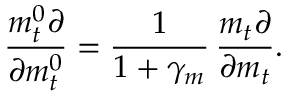
\frac { m _ { t } ^ { 0 } \partial } { \partial m _ { t } ^ { 0 } } = \frac { 1 } { 1 + \gamma _ { m } } \, \frac { m _ { t } \partial } { \partial m _ { t } } .